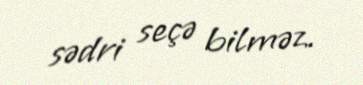
sədri seçə bilməz.